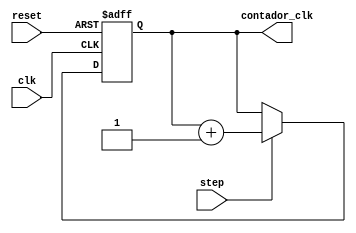
`timescale 1ns / 1ps

module ClockCounter(
    //INPUTS
    input wire clk,
    input wire reset,
    input wire step,
    //OUTPUTS
    output reg [7:0] contador_clk 
    );
    
        always@(posedge clk, posedge reset)
            begin
            if(reset)
                contador_clk = 0;
            else
                if(step)
                    contador_clk = contador_clk +1;
            end
endmodule